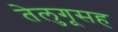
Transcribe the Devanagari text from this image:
तेलुगूसह